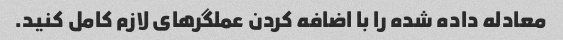
معادله داده شده را با اضافه کردن عملگرهای لازم کامل کنید.